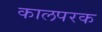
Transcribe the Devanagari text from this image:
कालपरक